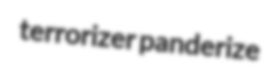
terrorizer panderize